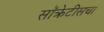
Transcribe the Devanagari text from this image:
सॉक्रेटीसचा